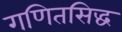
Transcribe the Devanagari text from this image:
गणितसिद्ध